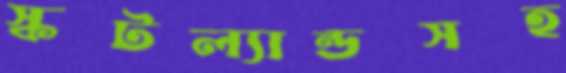
স্কটল্যান্ডসহ